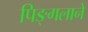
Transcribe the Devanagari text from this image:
पिङ्गलाने